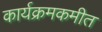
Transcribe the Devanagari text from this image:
कार्यक्रमकमीत